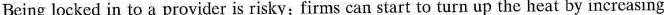
Being locked in to a provider is risky:firms canstart to turn up the heat by incrcasing